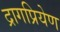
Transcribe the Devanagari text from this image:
द्रागप्रियेण